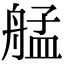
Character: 艋